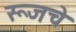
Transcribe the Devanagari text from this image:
रूजचे